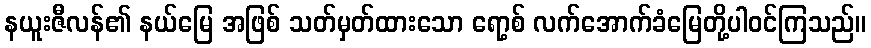
နယူးဇီလန်၏ နယ်မြေ အဖြစ် သတ်မှတ်ထားသော ရော့စ် လက်အောက်ခံမြေတို့ပါဝင်ကြသည်။